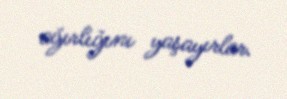
ağırlığını yaşayırlar.